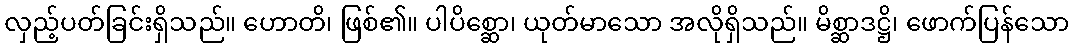
လှည့်ပတ်ခြင်းရှိသည်။ ဟောတိ၊ ဖြစ်၏။ ပါပိစ္ဆော၊ ယုတ်မာသော အလိုရှိသည်။ မိစ္ဆာဒဋ္ဌိ၊ ဖောက်ပြန်သော